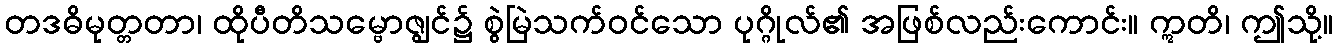
တဒဓိမုတ္တတာ၊ ထိုပီတိသမ္ဗောဇျွင်၌ စွဲမြဲသက်ဝင်သော ပုဂ္ဂိုလ်၏ အဖြစ်လည်းကောင်း။ ဣတိ၊ ဤသို့။